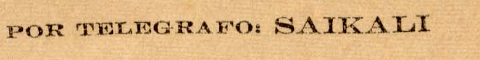
POR TELEGRAFO: SAIKALI